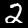
Label: 2